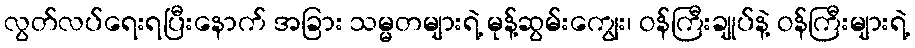
လွတ်လပ်ရေးရပြီးနောက် အခြား သမ္မတများရဲ့ မုန့်ဆွမ်းကျွေး၊ ဝန်ကြီးချုပ်နဲ့ ဝန်ကြီးများရဲ့